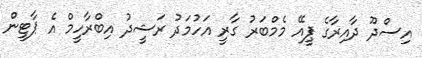
އިސްދޫ ދާއިރާގެ ޕީއޭ މެމްބަރު ގާރީ އަހުމަދު ރަޝީދު އިބްރާހީމް އެ ޕާޓީން